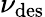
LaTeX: \nu_{\mathrm{des}}